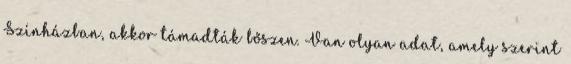
Színházban, akkor támadták bőszen. Van olyan adat, amely szerint